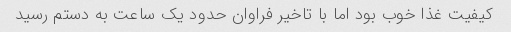
کیفیت غذا خوب بود اما با تاخیر فراوان حدود یک ساعت به دستم رسید